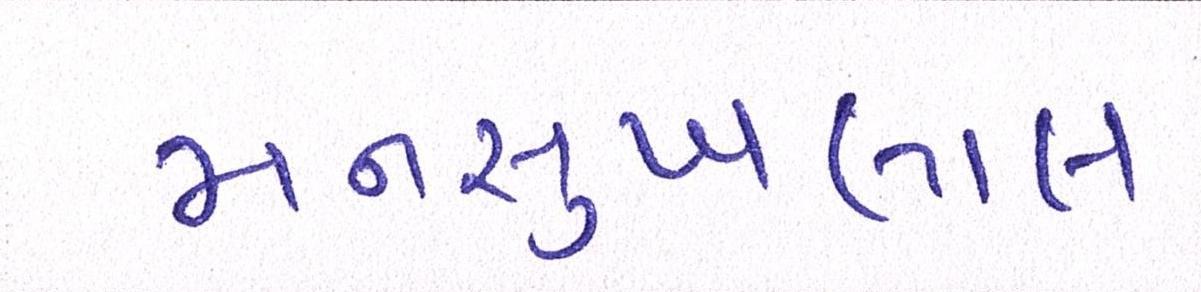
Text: મનસુખલાલ